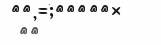
٣٤